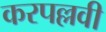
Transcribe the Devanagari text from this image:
करपल्लवी